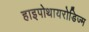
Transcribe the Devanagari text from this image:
हाइपोथायरोडिज्म